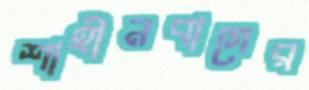
শাহীনবাগের